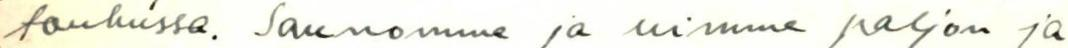
touhussa. Saunomme ja uimme paljon ja